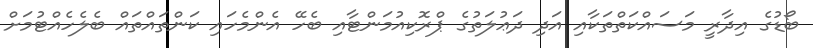
ބޯޑުގެ އިދާރީ މަސައްކަތްތަކާއި އަދި ދަޢުލަތުގެ ޕްރޮކިއުމަންޓާއި ބެހޭ އެންމެހައި ކަންތައްތައް ބެލެހެއްޓުމަށް